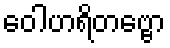
ဝေါဟရိတဗ္ဗော